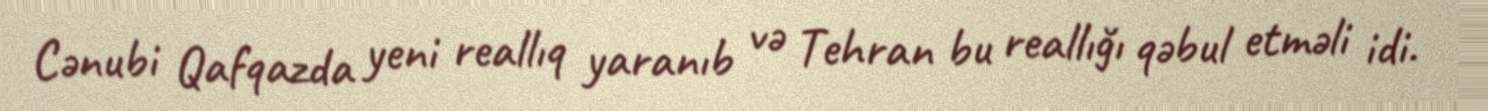
Cənubi Qafqazda yeni reallıq yaranıb və Tehran bu reallığı qəbul etməli idi.